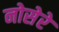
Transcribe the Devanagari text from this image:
नोसेरे